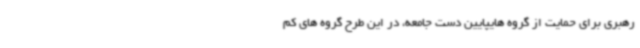
رهبری برای حمایت از گروه هایپایین دست جامعه، در این طرح گروه های کم